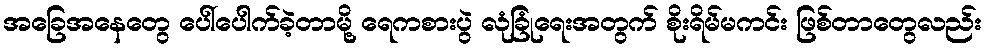
အခြေအနေတွေ ပေါ်ပေါက်ခဲ့တာမို့ ရေကစားပွဲ လုံခြုံရေးအတွက် စိုးရိမ်မကင်း ဖြစ်တာတွေလည်း